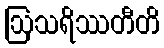
ဩသရိဿတီတိ